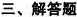
三、解答题